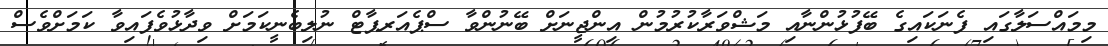
މިމައްސަލާގައި ފެނަކައިގެ ބޭފުޅުންނާއި މަޝްވަރާކުރުމުން އިންޖީނަށް ބޭނުންވާ ސްޕެއަރޕާޓް ނުލިބެނީކަމަށް ވިދާޅުވެފައިވާ ކަމަށްވެސް